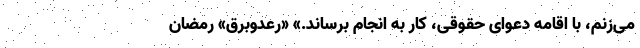
می‌زنم، با اقامه دعوای حقوقی، کار به انجام برساند.» «رعدوبرق» رمضان